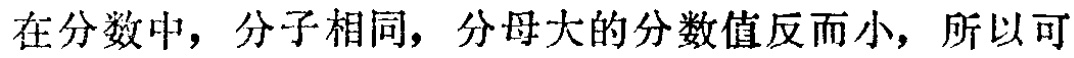
在分数中，分子相同，分母大的分数值反而小，所以可